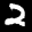
Label: 2